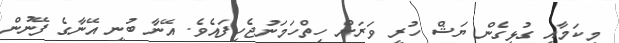
މިކަމާއި ގުޅިގެން ޔަޝް ހުރީ ވަރަށް ހިތްހަމަނުޖެހިފައެވެ. އޭނާ ބުނީ އޭނާގެ ފޭނުން